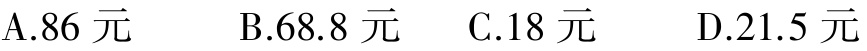
A.86元  B.68.8元  C.18元  D.21.5元